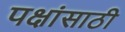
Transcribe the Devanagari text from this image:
पक्षांसाठी